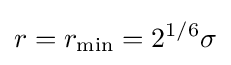
r=r_{\rm {min}}=2^{1/6}\sigma